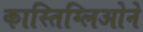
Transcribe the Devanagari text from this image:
कास्तिग्लिओने